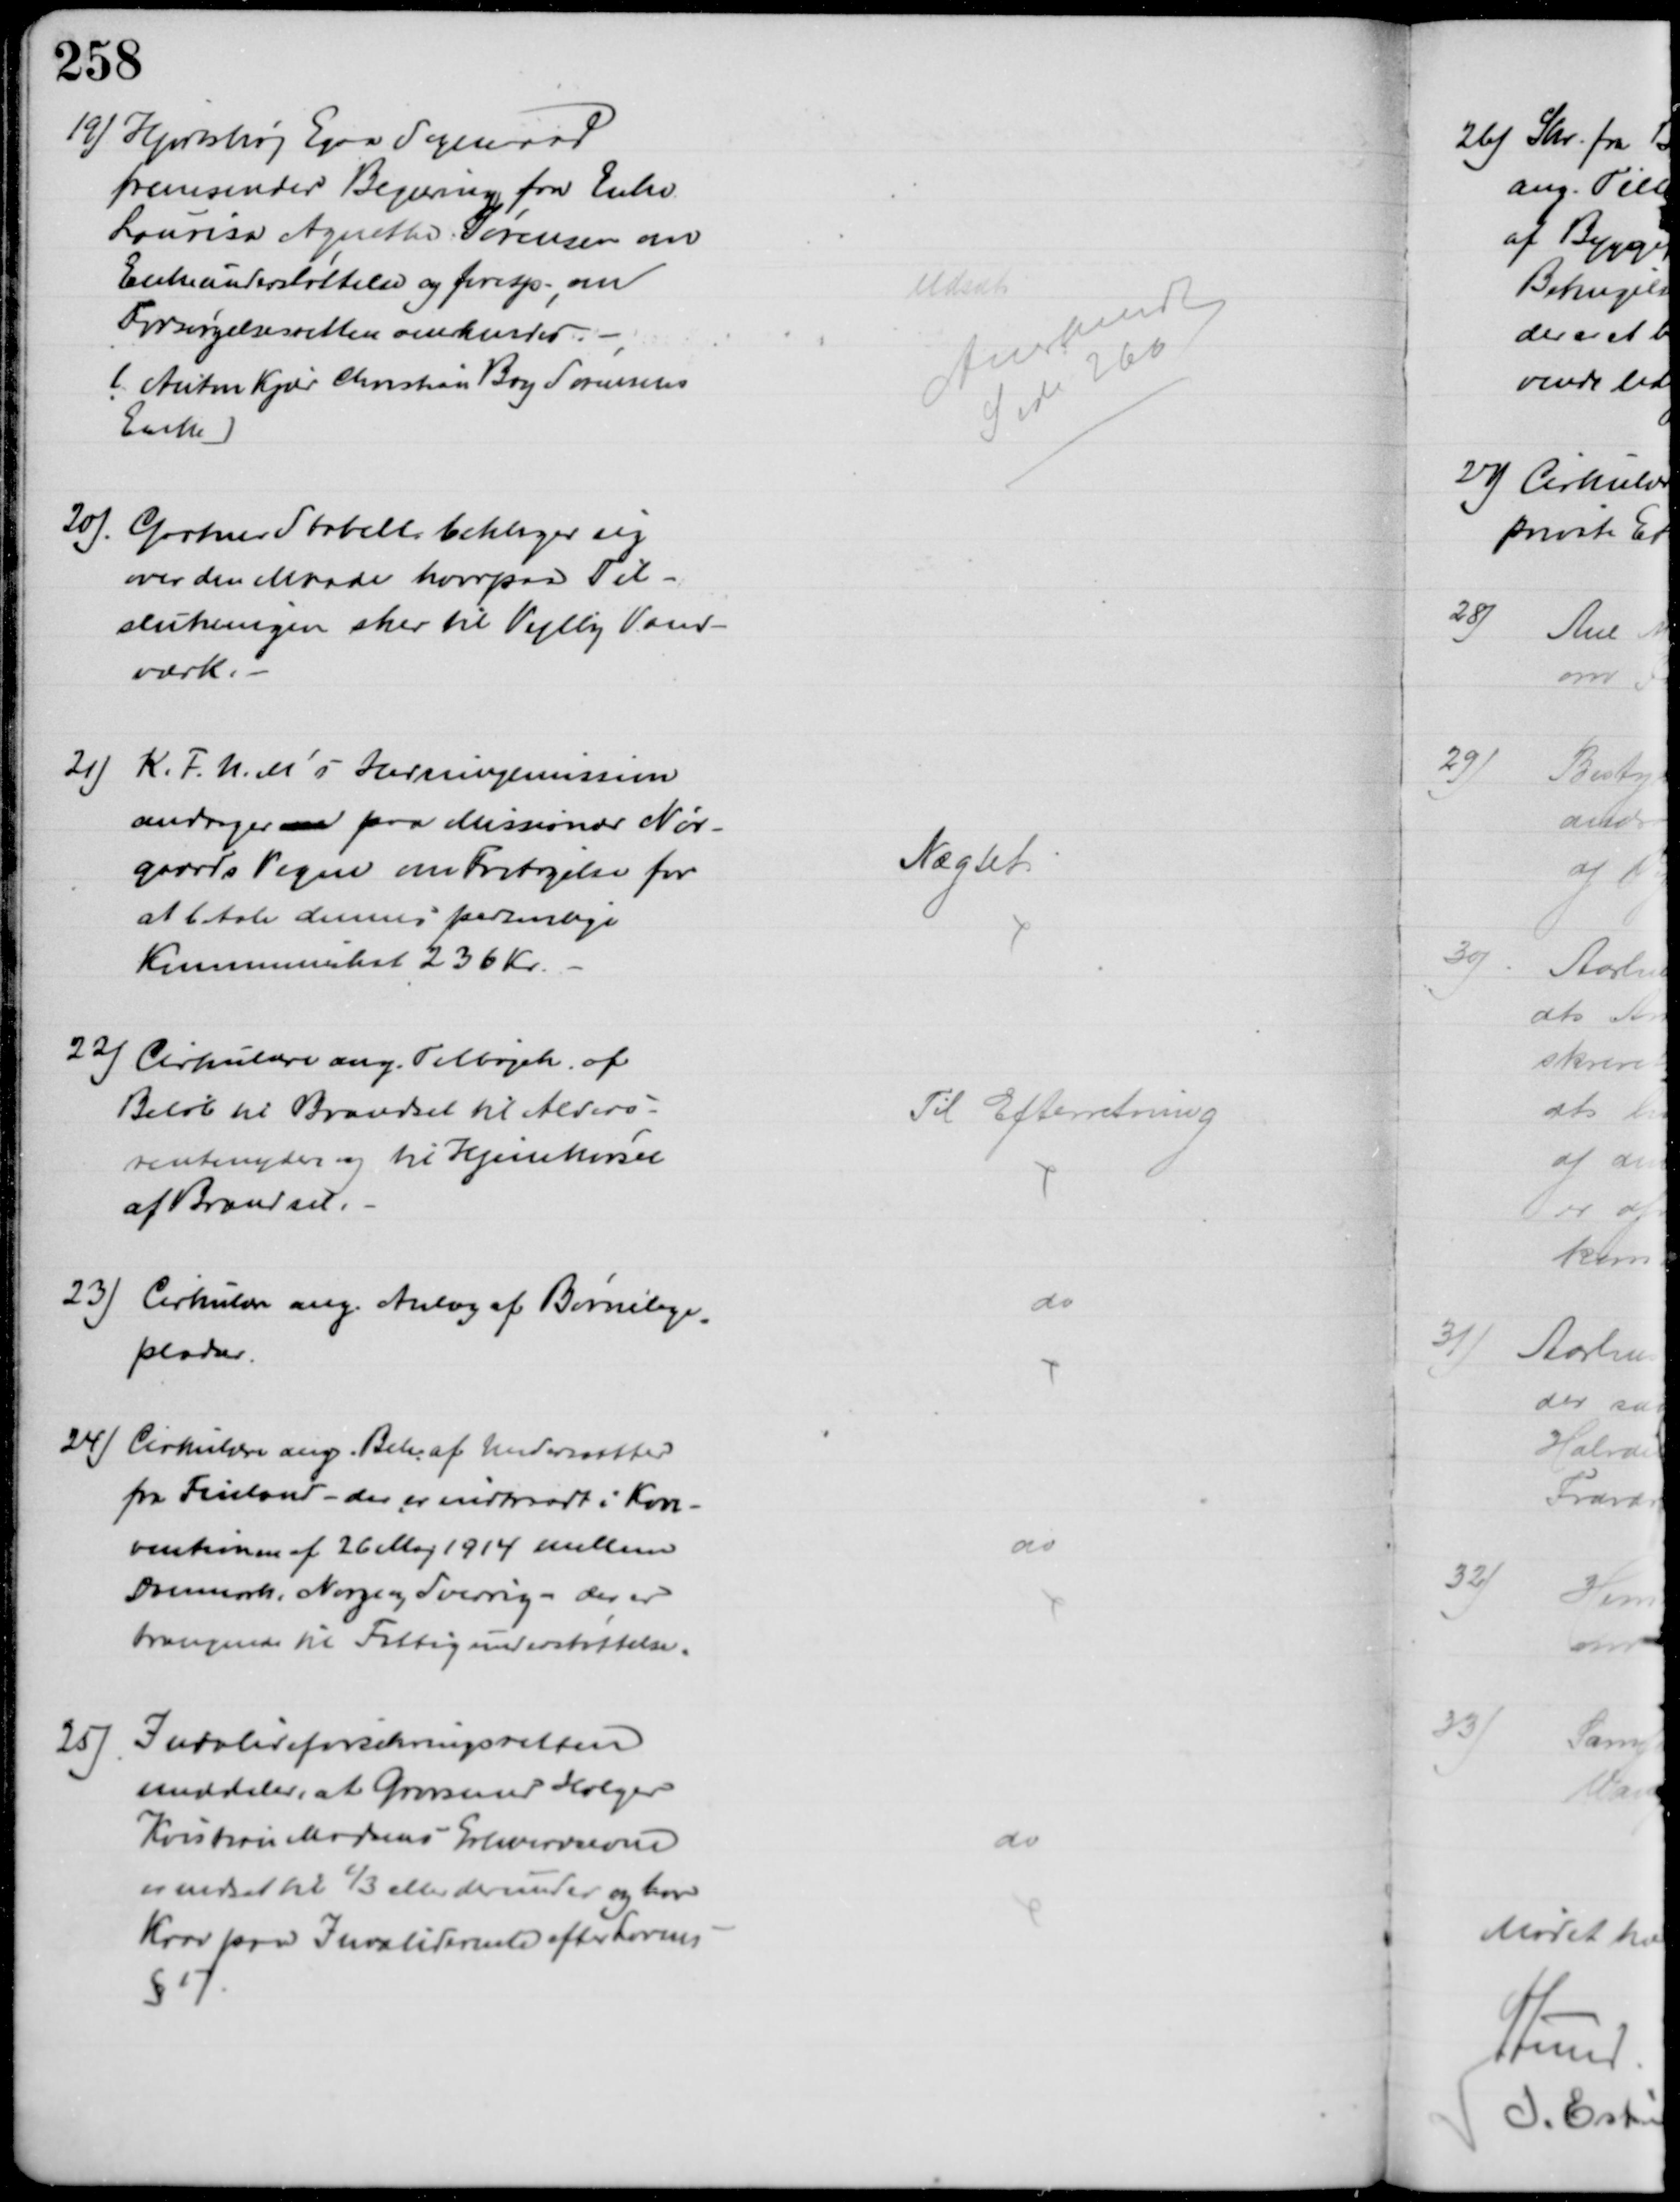
Transskription:
19) Hjortshøj Egaa Sogneraad
fremsender Begæring fra Enke
Lourisa Agnethe Sørensen om
Enkeunderstøttelse og foresp. om
Forsørgelsesretten anerkendes.
(Anton Kjær Christian Bay Sørensens 
Enke)
Udsat
Anerkendt
Side 260
20). Gartner Stabell beklager sig 
over den Maade hvorpaa Til-
slutningen sker til Vejlby Vand-
værk.
21)
K.F.U.M.'s Herningemission
andrager om paa Missionær Nør-
gaards Vegne om Fritagelse for
at betale dennes personlige
Kommuneskat 236 Kr.
Nægtet
22) Cirkulære ang. Tilbageh. af 
Beløb til Brændsel til Alders-
rentenyder og til Hjemkørsel
af Brændsel.
Til Efterretning
23) Cirkulære ang. Anlæg af Børnelege
-
pladser
do
24) Cirkulære ang. Beh. af Undersaatter
fra Finland - der er indtraadt i Kon-
ventionen af 26 Maj 1914 mellem
Danmark, Norge og Sverrig - der er
trængende til Fattigunderstøttelse.
do
25) Invalideforsikringsretten
meddeler, at Grosserer Holger
Kristian Madsens Erhvervsevne
er nedsat til ⅓ eller derunder og har
Krav paa Invaliderente efter Lovens
§ 17
do